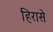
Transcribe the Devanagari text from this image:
हिरासे